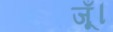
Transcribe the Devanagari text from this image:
जूँ।